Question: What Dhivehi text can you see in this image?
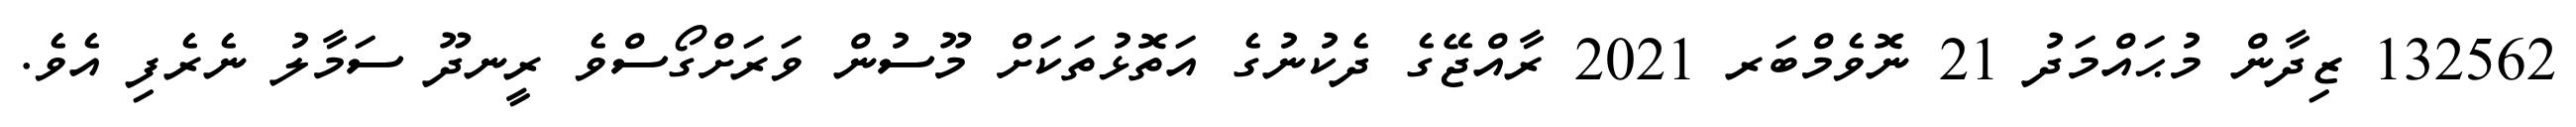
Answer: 132562 ޒިދާން މުޙައްމަދު 21 ނޮވެމްބަރ 2021 ރާއްޖޭގެ ދެކުނުގެ އަތޮޅުތަކަށް މޫސުން ވަރަށްގޯސްވެ ރީނދޫ ސަމާލު ނެރެފި އެވެ.